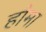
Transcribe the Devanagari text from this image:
हौमा